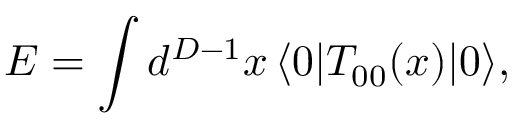
E = \int d ^ { D - 1 } x \, \langle 0 | T _ { 0 0 } ( x ) | 0 \rangle ,